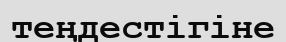
теңдестігіне